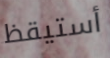
أستيقظ